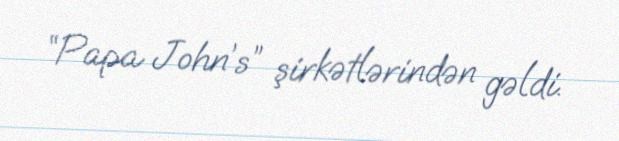
“Papa John’s” şirkətlərindən gəldi.